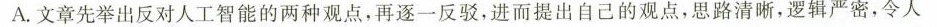
A.文章先举出反对人工智能的两种观点，再逐一反驳，进而提出自己的观点，思路清晰，逻辑严密，令人